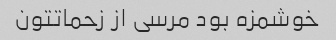
خوشمزه بود مرسی از زحماتتون